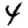
Digit: 4